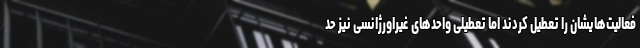
فعالیت‌هایشان را تعطیل کردند اما تعطیلی واحدهای غیراورژانسی نیز حد